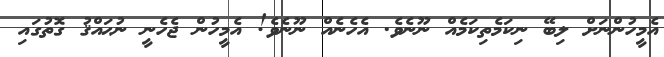
އެމީހުންނަށް ލިބޭ ނިކަމެތިކަމެއް ނޫނެވެ. އެހެނެއް ނޫނެވެ! އެމީހުން ޖެހެނީ ނުޙައްޤު ގޮތުގައި